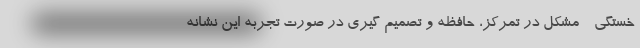
خستگی - مشکل در تمرکز، حافظه و تصمیم گیری در صورت تجربه این نشانه